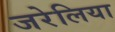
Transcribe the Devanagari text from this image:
जरेलिया